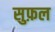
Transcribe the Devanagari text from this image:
सुफ़ल